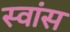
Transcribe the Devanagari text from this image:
स्वांस